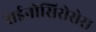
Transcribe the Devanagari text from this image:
राईनोसिरोसेस